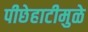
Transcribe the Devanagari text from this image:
पीछेहाटीमुळे